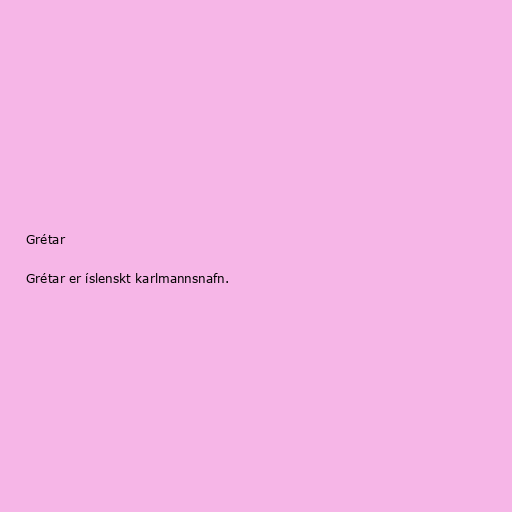
Grétar

Grétar er íslenskt karlmannsnafn.